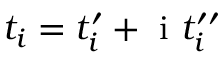
t _ { i } = t _ { i } ^ { \prime } + \mathrm { ~ i ~ } t _ { i } ^ { \prime \prime }